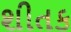
શીતક